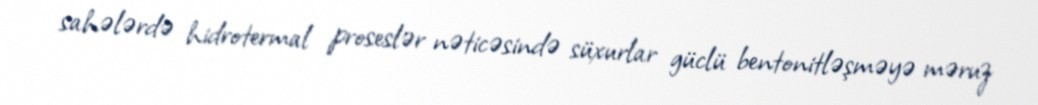
sahələrdə hidrotermal proseslər nəticəsində süxurlar güclü bentonitləşməyə məruz